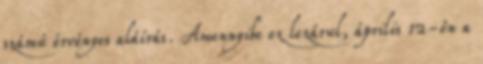
számú érvényes aláírás. Amennyibe ez lezárul, április 12-én a